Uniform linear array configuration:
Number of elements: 12
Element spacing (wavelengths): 0.5
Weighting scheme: exponential
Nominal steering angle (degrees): -60
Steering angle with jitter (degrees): -59.725
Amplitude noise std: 0.05
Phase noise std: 0.05

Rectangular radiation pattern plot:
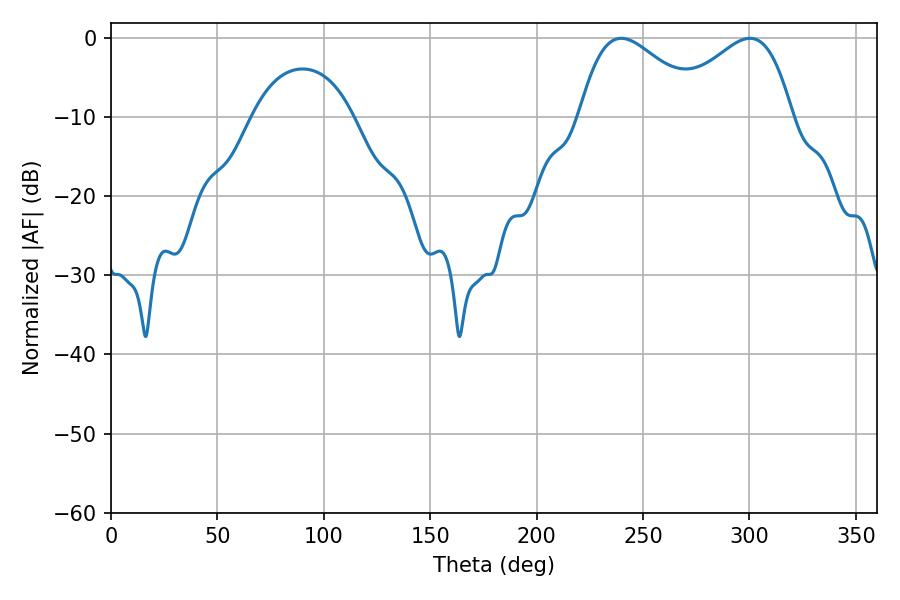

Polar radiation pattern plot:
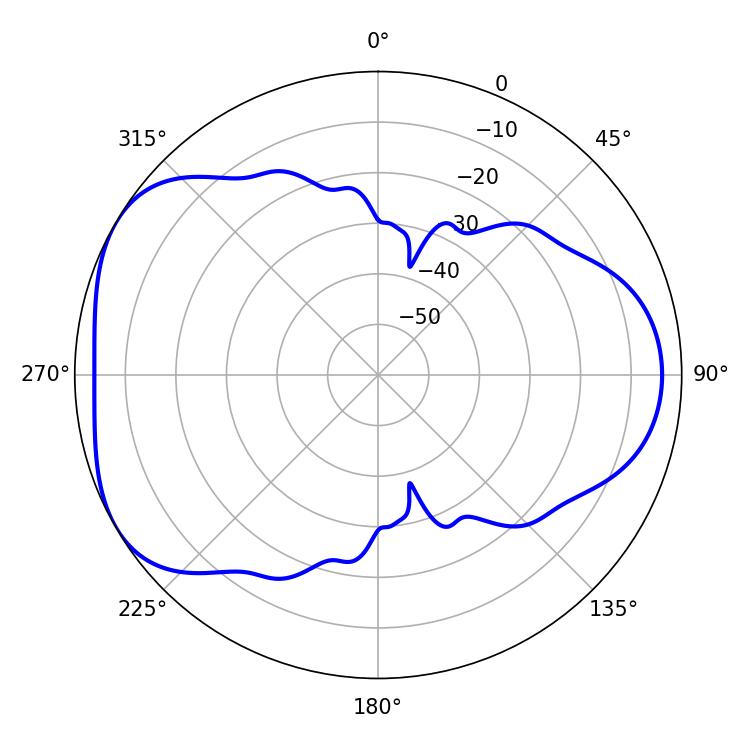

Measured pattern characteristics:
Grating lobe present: FALSE
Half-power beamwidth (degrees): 31.5
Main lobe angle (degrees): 239.76